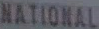
NATIONAL